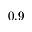
0 . 9